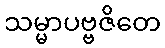
သမ္မာပဗ္ဗဇိတေ